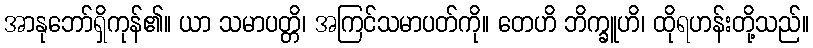
အာနုဘော်ရှိကုန်၏။ ယာ သမာပတ္တိ၊ အကြင်သမာပတ်ကို။ တေဟိ ဘိက္ခူဟိ၊ ထိုရဟန်းတို့သည်။